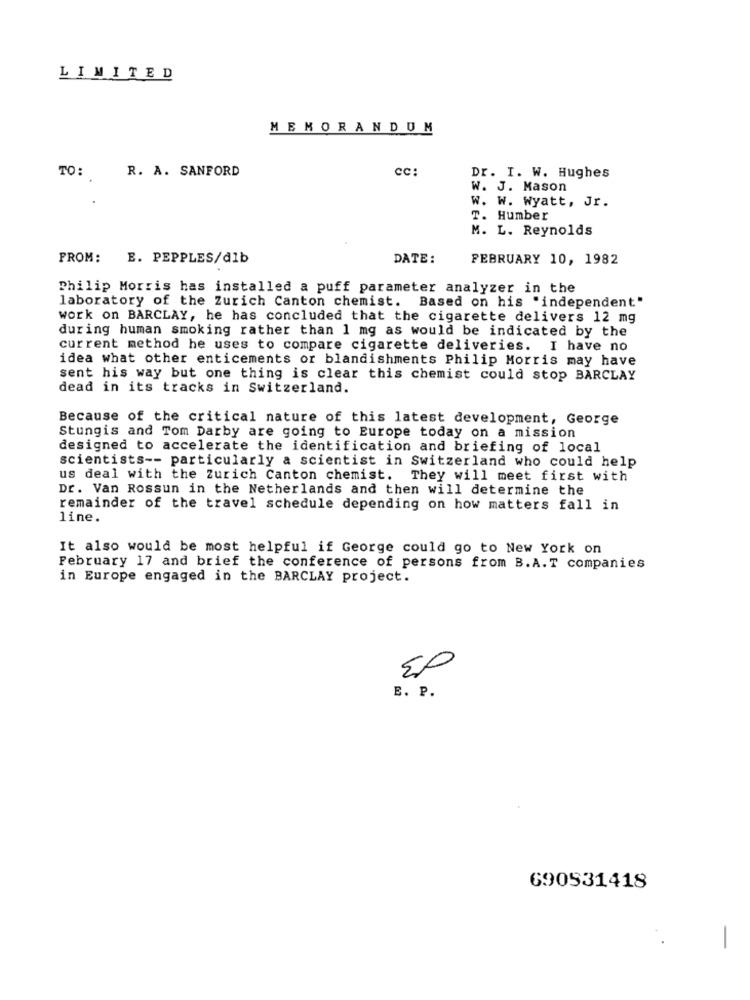
LIMITED
MEMORANDUM
TO: R. A. SANFORD
cc:
Dr. I. W. Hughes
W. J. Mason
W. W. Wyatt, Jr.
T. Humber
M. L. Reynolds
FROM:
E. PEPPLES/dlb
DATE:
FEBRUARY 10, 1982
Philip Morris has installed a puff parameter analyzer in the
laboratory of the Zurich Canton chemist. Based on his "independent"
work on BARCLAY, he has concluded that the cigarette delivers 12 mg
during human smoking rather than 1 mg as would be indicated by the
current method he uses to compare cigarette deliveries. I have no
idea what other enticements or blandishments Philip Morris may have
sent his way but one thing is clear this chemist could stop BARCLAY
dead in its tracks in Switzerland.
Because of the critical nature of this latest development, George
Stungis and Tom Darby are going to Europe today on a mission
designed to accelerate the identification and briefing of local
scientists -- particularly a scientist in Switzerland who could help
us deal with the Zurich Canton chemist.
They will meet first with
Dr. Van Rossun in the Netherlands and then will determine the
remainder of the travel schedule depending on how matters fall in
line.
It also would be most helpful if George could go to New York on
February 17 and brief the conference of persons from B.A.T companies
in Europe engaged in the BARCLAY project.
50
E. P.
690931418
-